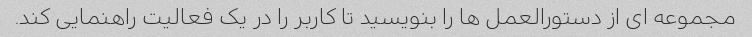
مجموعه ای از دستورالعمل ها را بنویسید تا کاربر را در یک فعالیت راهنمایی کند.